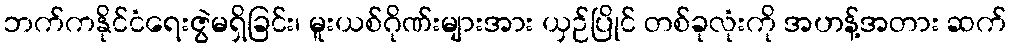
ဘက်ကနိုင်ငံရေးဇွဲမရှိခြင်း၊ မူးယစ်ဂိုဏ်းများအား ယှဉ်ပြိုင် တစ်ခုလုံးကို အဟန့်အတား ဆက်